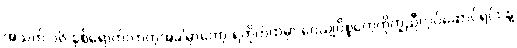
အသက် ၁၆ နှစ်ရောက်လာတဲ့အခါမှာတော့ ရဲတိုက်ထဲမှာ ဝေယျဝိစ္စတွေကိုကူညီလုပ်ဆောင်ရင်း နဲ့